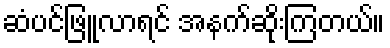
ဆံပင်ဖြူလာရင် အနက်ဆိုးကြတယ်။